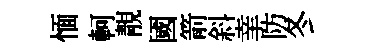
愐軻靚國箭斜𦍒防冬